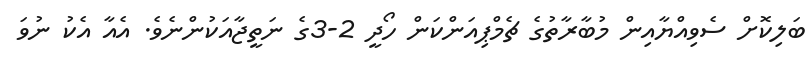
ބަލިކޮށް ސެވިއްޔާއިން މުބާރާތުގެ ޗެމްޕިއަންކަން ހޯދީ 2-3ގެ ނަތީޖާއަކުންނެވެ. އެއާ އެކު ނުވަ